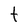
Character: t